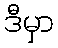
ဒီမှာ